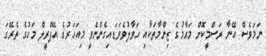
ނަމަވެސް އޭނާ ރަސްމީކޮށް މަގާމުގެ ޒިންމާތަކާއި ހަވާލުވެވަޑައިގެންނެވީ މިއަހަރުގެ އޭޕްރީލް މަހުގެ ތެރޭގަ